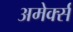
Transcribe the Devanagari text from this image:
अमेर्क्स